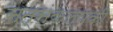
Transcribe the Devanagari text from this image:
सत्संकल्पकी